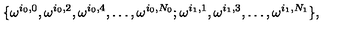
\{ \omega ^ { i _ { 0 } , 0 } , \omega ^ { i _ { 0 } , 2 } , \omega ^ { i _ { 0 } , 4 } , \ldots , \omega ^ { i _ { 0 } , N _ { 0 } } ; \omega ^ { i _ { 1 } , 1 } , \omega ^ { i _ { 1 } , 3 } , \ldots , \omega ^ { i _ { 1 } , N _ { 1 } } \} ,